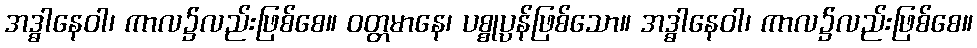
အဒ္ဓါနေဝါ၊ ကာလ၌လည်းဖြစ်စေ။ ဝတ္တမာနေ၊ ပစ္စုပ္ပန်ဖြစ်သော။ အဒ္ဓါနေဝါ၊ ကာလ၌လည်းဖြစ်စေ။